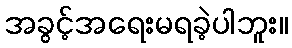
အခွင့်အရေးမရခဲ့ပါဘူး။